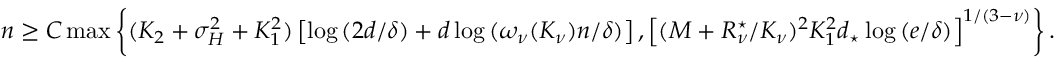
\begin{array} { r } { n \ge C \operatorname* { m a x } \left\{ ( K _ { 2 } + \sigma _ { H } ^ { 2 } + K _ { 1 } ^ { 2 } ) \left[ \log { ( 2 d / \delta ) } + d \log { ( \omega _ { \nu } ( K _ { \nu } ) n / \delta ) } \right] , \left[ ( M + R _ { \nu } ^ { \star } / K _ { \nu } ) ^ { 2 } K _ { 1 } ^ { 2 } d _ { \star } \log { ( e / \delta ) } \right] ^ { 1 / ( 3 - \nu ) } \right\} . } \end{array}